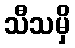
သီသမှိ